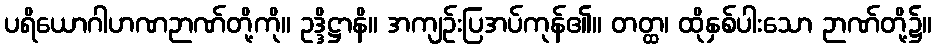
ပရိယောဂါဟဏဉာဏ်တို့ကို။ ဥဒ္ဒိဋ္ဌာနိ။ အကျဉ်းပြအပ်ကုန်၏။ တတ္ထ၊ ထိုနှစ်ပါးသော ဉာဏ်တို့၌။